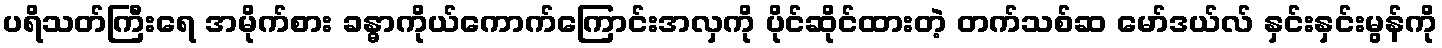
ပရိသတ်ကြီးရေ အမိုက်စား ခန္ဓာကိုယ်ကောက်ကြောင်းအလှကို ပိုင်ဆိုင်ထားတဲ့ တက်သစ်ဆ မော်ဒယ်လ် နှင်းနှင်းမွန်ကို